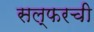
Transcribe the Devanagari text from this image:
सल्फरची